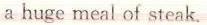
a huge meal of steak.